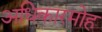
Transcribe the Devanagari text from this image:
अधिकारमोह